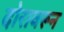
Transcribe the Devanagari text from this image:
दोरावरून